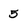
Character: 5